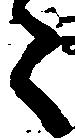
々